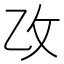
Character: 𫡣